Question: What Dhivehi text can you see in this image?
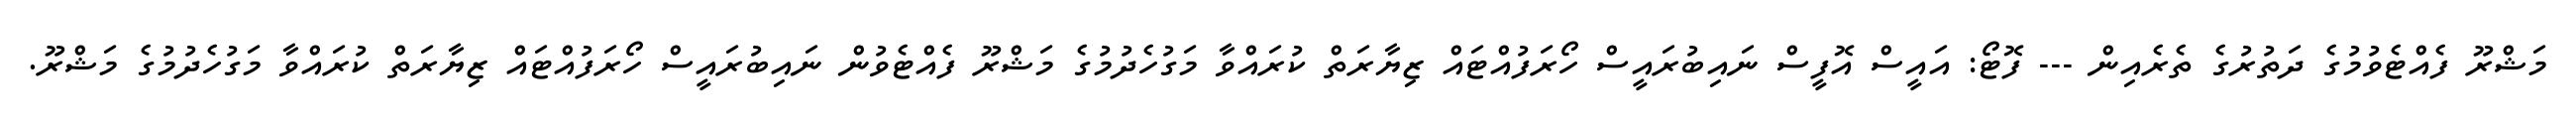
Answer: މަޝްރޫ ފެއްޓެވުމުގެ ދަތުރުގެ ތެރެއިން --- ފޮޓޯ: އައީސް އޮފީސް ނައިބުރައީސް ހޯރަފުއްޓައް ޒިޔާރަތް ކުރައްވާ މަގުހެދުމުގެ މަޝްރޫ ފެއްޓެވުން ނައިބުރައީސް ހޯރަފުއްޓައް ޒިޔާރަތް ކުރައްވާ މަގުހެދުމުގެ މަޝްރޫ.